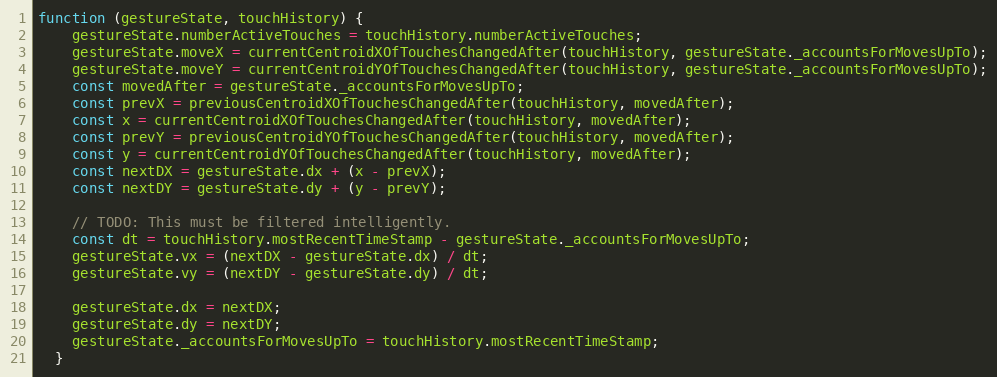
Language: JavaScript
function (gestureState, touchHistory) {
    gestureState.numberActiveTouches = touchHistory.numberActiveTouches;
    gestureState.moveX = currentCentroidXOfTouchesChangedAfter(touchHistory, gestureState._accountsForMovesUpTo);
    gestureState.moveY = currentCentroidYOfTouchesChangedAfter(touchHistory, gestureState._accountsForMovesUpTo);
    const movedAfter = gestureState._accountsForMovesUpTo;
    const prevX = previousCentroidXOfTouchesChangedAfter(touchHistory, movedAfter);
    const x = currentCentroidXOfTouchesChangedAfter(touchHistory, movedAfter);
    const prevY = previousCentroidYOfTouchesChangedAfter(touchHistory, movedAfter);
    const y = currentCentroidYOfTouchesChangedAfter(touchHistory, movedAfter);
    const nextDX = gestureState.dx + (x - prevX);
    const nextDY = gestureState.dy + (y - prevY);

    // TODO: This must be filtered intelligently.
    const dt = touchHistory.mostRecentTimeStamp - gestureState._accountsForMovesUpTo;
    gestureState.vx = (nextDX - gestureState.dx) / dt;
    gestureState.vy = (nextDY - gestureState.dy) / dt;

    gestureState.dx = nextDX;
    gestureState.dy = nextDY;
    gestureState._accountsForMovesUpTo = touchHistory.mostRecentTimeStamp;
  }